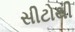
સીટોથી